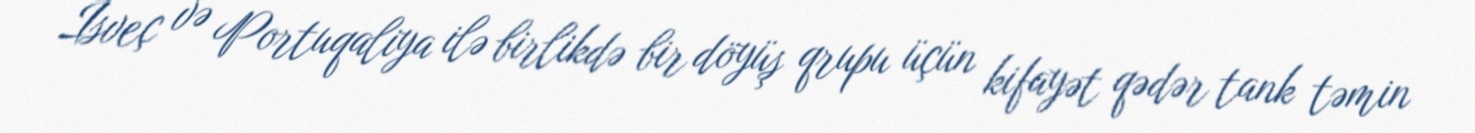
İsveç və Portuqaliya ilə birlikdə bir döyüş qrupu üçün kifayət qədər tank təmin